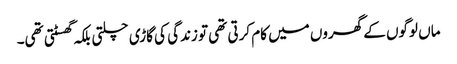
ماں لوگوں کے گھروں میں کام کرتی تھی تو زندگی کی گاڑی چلتی بلکہ گھسٹتی تھی۔